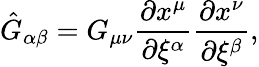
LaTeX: \hat{G}_{\alpha\beta}=G_{\mu\nu}{\frac{\partial x^{\mu}}{\partial\xi^{\alpha}}}{\frac{\partial x^{\nu}}{\partial\xi^{\beta}}},